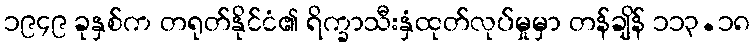
၁၉၄၉ ခုနှစ်က တရုတ်နိုင်ငံ၏ ရိက္ခာသီးနှံထုတ်လုပ်မှုမှာ တန်ချိန် ၁၁၃.၁၈